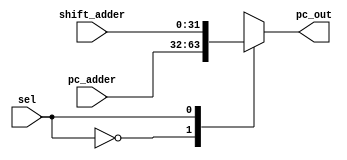
`timescale 1ns/1ns

module muxD(
	input [31:0]pc_adder,
    input [31:0]shift_adder,
	input sel,
	output reg [31:0]pc_out
);

always@* begin 

	case(sel)

		1'b0:
		begin
			pc_out = pc_adder;
		end
		1'b1:
		begin
			pc_out = shift_adder;
		end

	endcase
end
endmodule